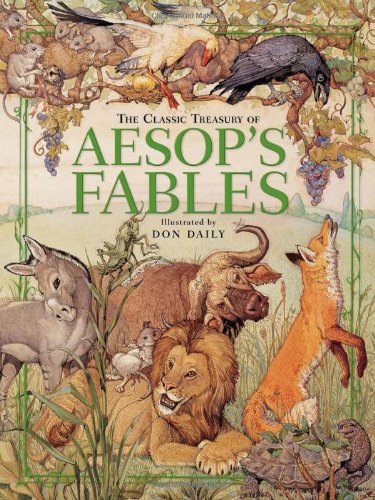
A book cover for The Classic Treasury of Aesop's Fables; Don Daily; Children's Books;